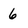
Character: 6